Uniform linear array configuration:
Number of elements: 64
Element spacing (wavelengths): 1
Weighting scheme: kaiser
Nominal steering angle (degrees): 45
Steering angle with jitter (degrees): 44.879
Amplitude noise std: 0.05
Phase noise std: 0.05

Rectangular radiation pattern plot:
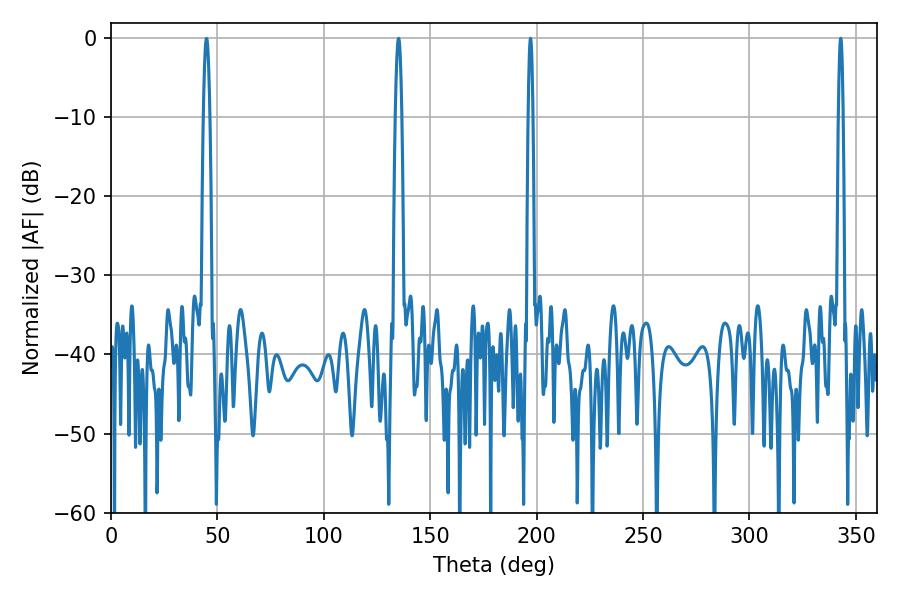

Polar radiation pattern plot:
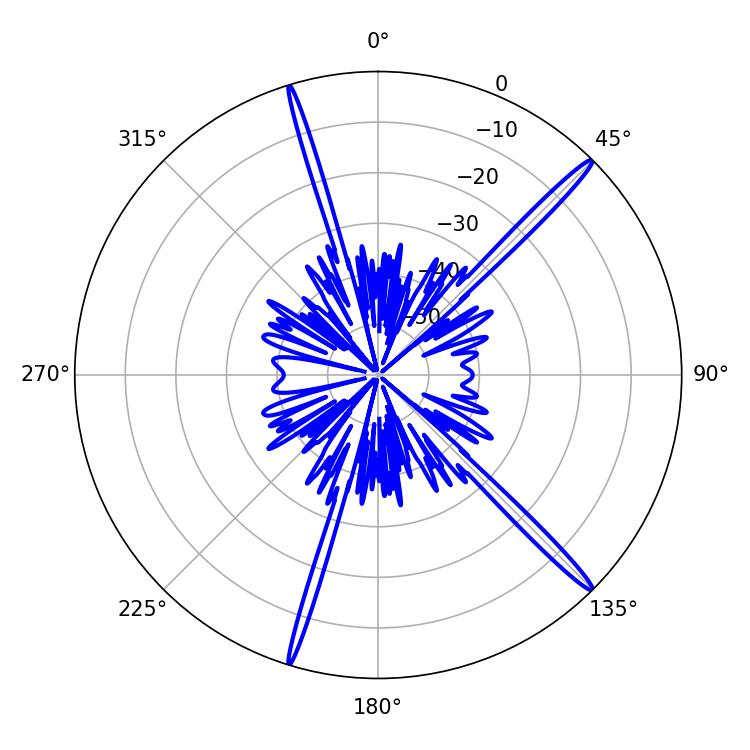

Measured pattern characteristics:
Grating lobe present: TRUE
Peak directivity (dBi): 17.974
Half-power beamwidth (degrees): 1.08
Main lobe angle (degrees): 197.1